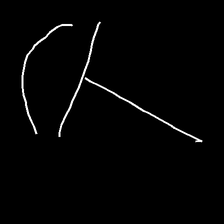
Glyph: dispersion